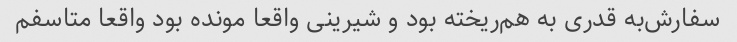
سفارش‌به قدری به هم‌ریخته بود و شیرینی واقعا مونده بود واقعا متاسفم